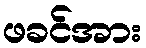
ဖခင်အား